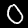
Label: 0